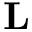
\mathbf { L }